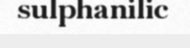
sulphanilic